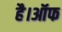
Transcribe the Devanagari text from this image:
है।ऑफ